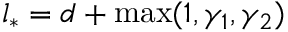
l _ { * } = d + \operatorname* { m a x } ( 1 , \gamma _ { 1 } , \gamma _ { 2 } )